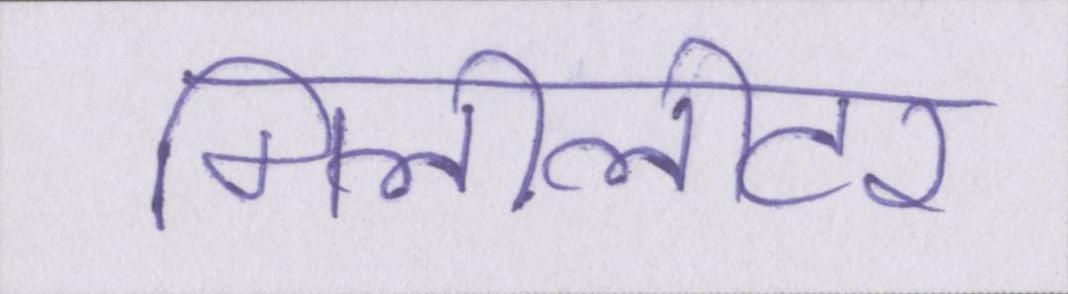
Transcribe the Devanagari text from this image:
मिलीलीटर